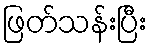
ဖြတ်သန်းပြီး